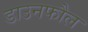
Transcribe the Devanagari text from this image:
डाउनफौल